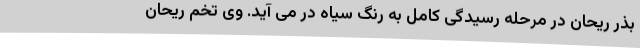
بذر ریحان در مرحله رسیدگی کامل به رنگ سیاه در می آید. وی تخم ریحان